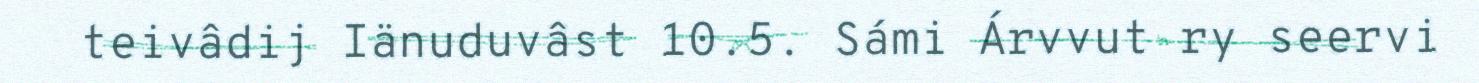
teivâdij Iänuduvâst 10.5. Sámi Árvvut ry seervi